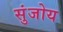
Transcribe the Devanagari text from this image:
सुंजोय